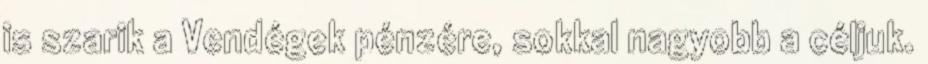
is szarik a Vendégek pénzére, sokkal nagyobb a céljuk.